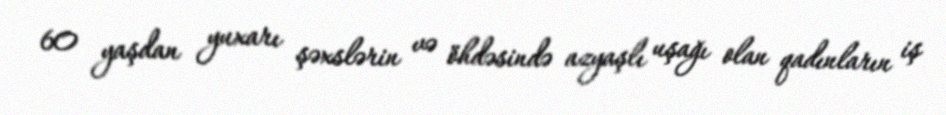
60 yaşdan yuxarı şəxslərin və öhdəsində azyaşlı uşağı olan qadınların iş